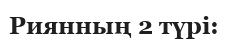
Риянның 2 түрі: